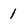
Character: 1